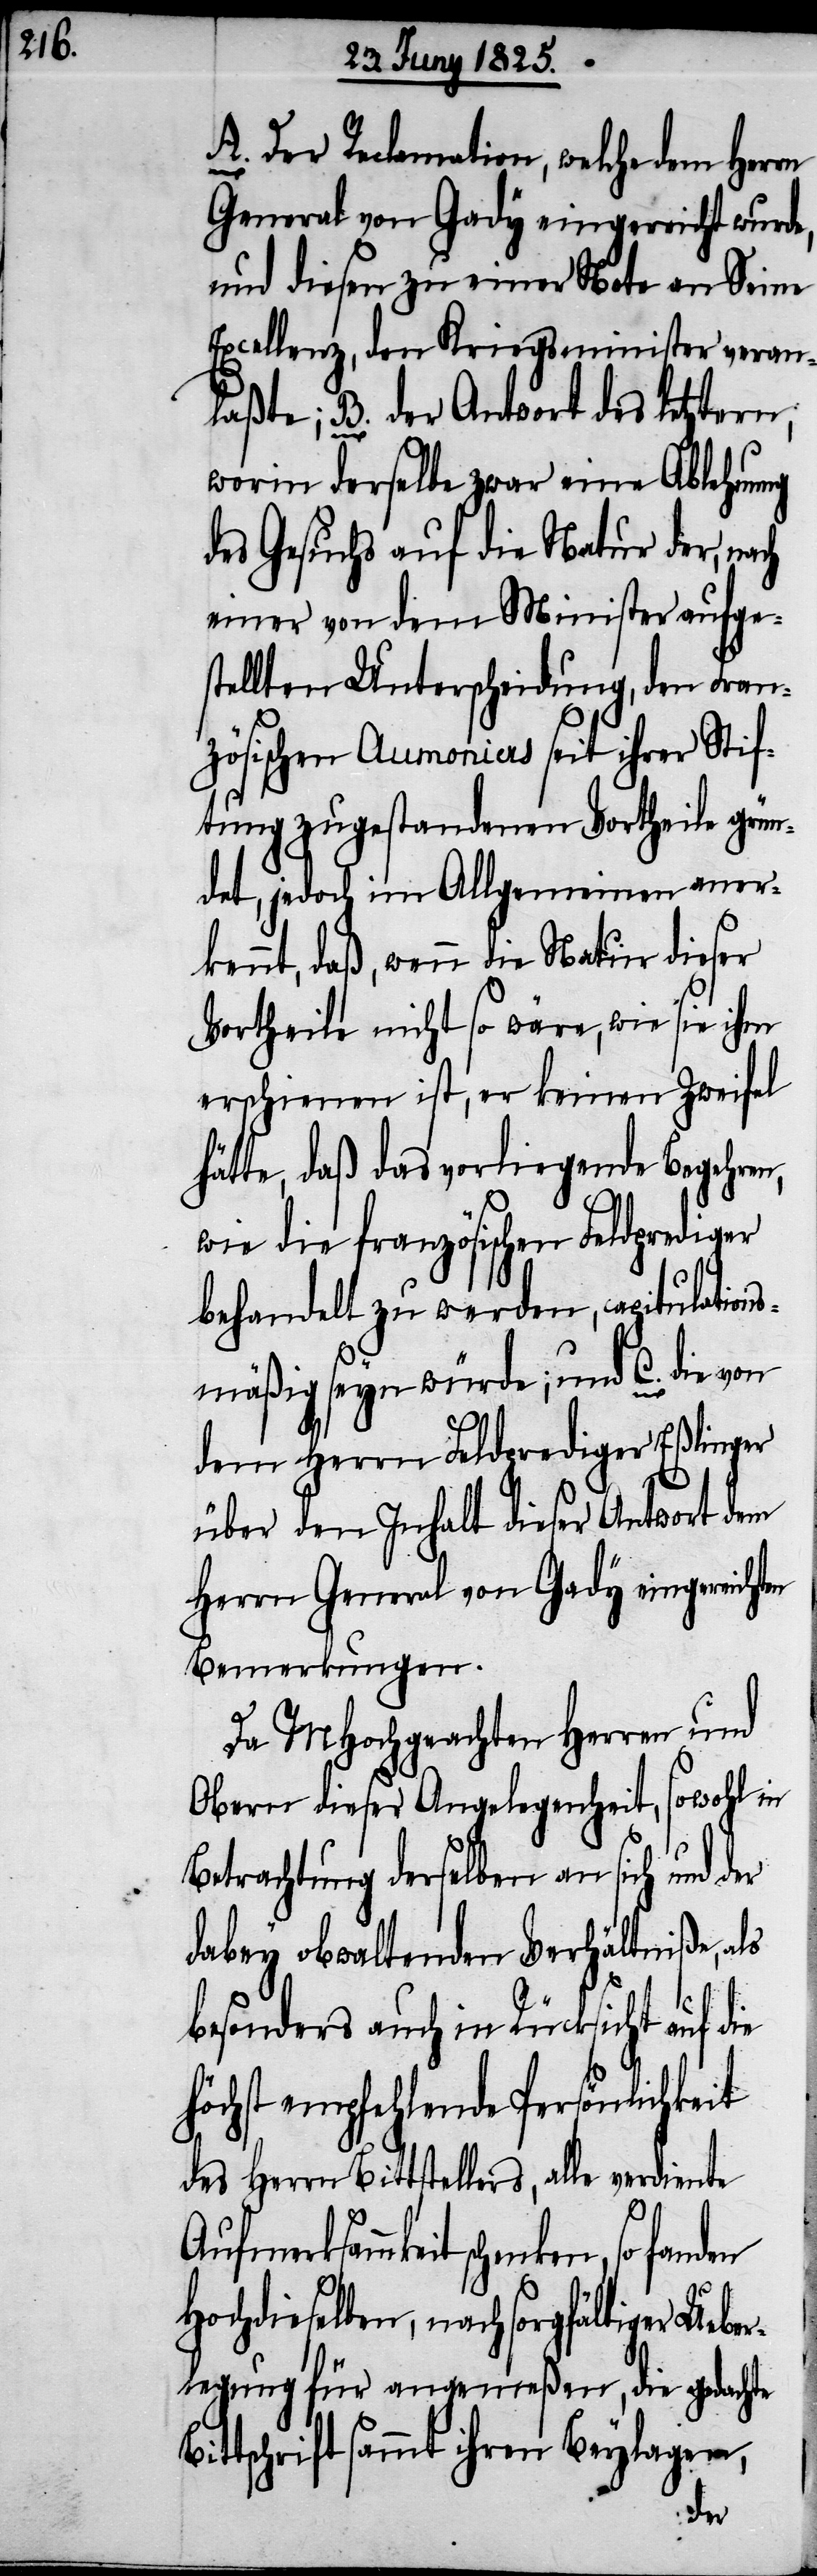
A. Der Reclamation, welche dem Herrn
Bi¬
General von Gady eingereicht wurde,
und diesen zu einer Note an Seine
Excellenz, den Kriegsminister veran¬
laßte; B. der Antwort des letztern,
worin derselbe zwar eine Ablehnung
des Gesuchs auf die Natur der, nach
einer von dem Minister aufges¬
tellten Unterscheidung, den Fran¬
zösischen Aumoniers seit ihrer Stif¬
tung zugestandenen Vortheile grün¬
det, jedoch im Allgemeinen aner¬
kennt, daß, wenn die Natur dieser
Vortheile nicht so wäre, wie sie ihm
erschienen ist, er keinen Zweifel
hätte, daß das vorliegende Begehren,
wie die französischen Feldprediger
behandelt zu werden, capitulations¬
mäßig seyn würde; und C. die von
dem Herrn Feldprediger Eßlinger
über den Inhalt dieser Antwort dem
Herrn General von Gady eingereicht¬
Bemerkungen.
Da MHochgeachten Herren und
Obern dieser Angelegenheit, sowohl in
Betrachtung derselben an sich und der
dabey obwaltenden Verhältniße, als
besonders auch in Rücksicht auf die
höchst empfehlende Persönlichkeit
des Herrn Bittstellers, alle verdiente
Aufmerksamkeit schenken,
Hochdieselben, nach sorgfältiger
legung für angemeßen, die gedachte
ttschrift sammt ihren Beylagen,